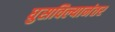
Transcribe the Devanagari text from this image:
घुसविल्यानंतर